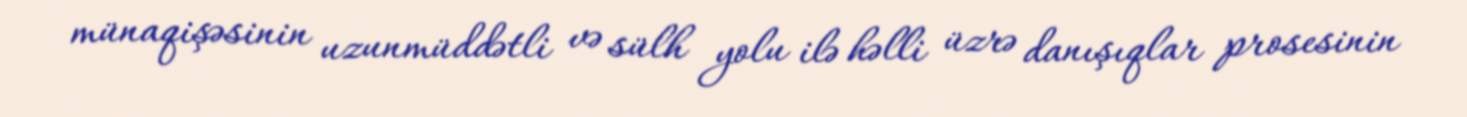
münaqişəsinin uzunmüddətli və sülh yolu ilə həlli üzrə danışıqlar prosesinin